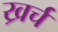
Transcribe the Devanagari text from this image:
ख्रर्च